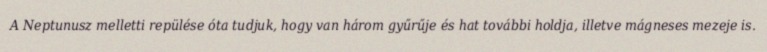
A Neptunusz melletti repülése óta tudjuk, hogy van három gyűrűje és hat további holdja, illetve mágneses mezeje is.